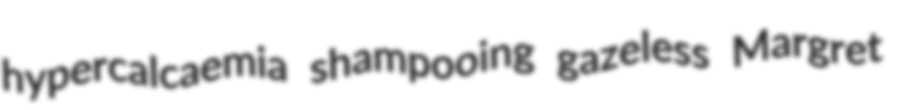
hypercalcaemia shampooing gazeless Margret